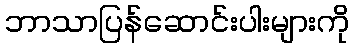
ဘာသာပြန်ဆောင်းပါးများကို